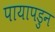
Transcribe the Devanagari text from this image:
पायापडुन